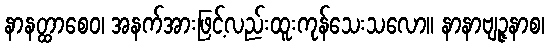
နာနတ္ထာစေဝ၊ အနက်အားဖြင့်လည်းထူးကုန်သေးသလော။ နာနာဗျဉ္ဇနာစ၊